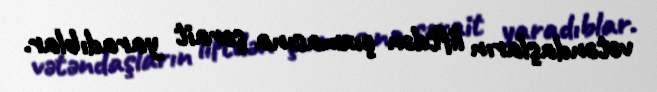
vətəndaşların liftdən çıxmasına şərait yaradıblar.